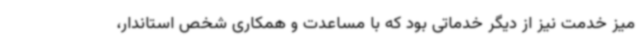
میز خدمت نیز از دیگر خدماتی بود که با مساعدت و همکاری شخص استاندار،